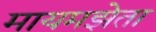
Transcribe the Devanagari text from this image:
मायमझेता